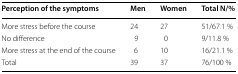
<table><thead><tr><td><b>Perception of the symptoms</b></td><td><b>Men</b></td><td><b>Women</b></td><td><b>Total N/%</b></td></tr></thead><tbody><tr><td>More stress before the course</td><td>24</td><td>27</td><td>51/67.1 %</td></tr><tr><td>No difference</td><td>9</td><td>0</td><td>9/11.8 %</td></tr><tr><td>More stress at the end of the course</td><td>6</td><td>10</td><td>16/21.1 %</td></tr><tr><td>Total</td><td>39</td><td>37</td><td>76/100 %</td></tr></tbody></table>